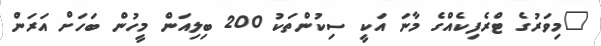
"މިވަރުގެ ޓްރެފިކެއްގެ މާނަ އަކީ ސިކުންތަކު 200 ބިލިއަން މީހުން ބަހަށް އަރަން